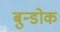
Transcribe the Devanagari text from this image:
बुन्डोक